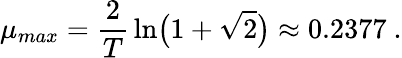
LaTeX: \mu_{max}={\frac{2}{T}}\ln\bigl(1+\sqrt{2}\bigr)\approx 0.2377\ .